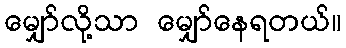
မျှော်လို့သာ မျှော်နေရတယ်။